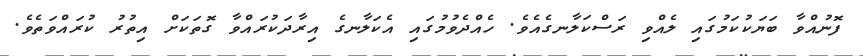
ފޮނުއްވާ ބަޔަކުކަމުގައި ލެއްވި ރަސްކަލާނގެއެވެ. ހެއްދެވުމުގައި އެކަލާނގެ އިރާދަކުރައްވާ ގޮތަކަށް އިތުރު ކުރައްވަތެވެ.